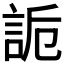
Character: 𧧊